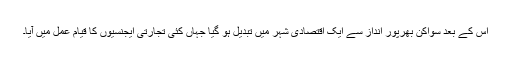
اس کے بعد سواکن بھرپور انداز سے ایک اقتصادی شہر میں تبدیل ہو گیا جہاں کئی تجارتی ایجنسیوں کا قیام عمل میں آیا۔